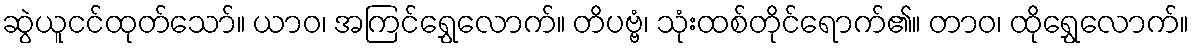
ဆွဲယူငင်ထုတ်သော်။ ယာဝ၊ အကြင်ရွှေလောက်။ တိပဗ္ဗံ၊ သုံးထစ်တိုင်ရောက်၏။ တာဝ၊ ထိုရွှေလောက်။